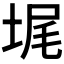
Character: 𰉵